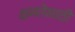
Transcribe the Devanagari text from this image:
क्षमतेसाठी